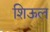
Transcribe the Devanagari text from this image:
शिऊल